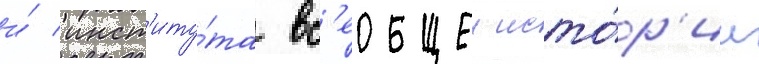
и́ инст'иту́та вс'еобщеи исто́р'ии